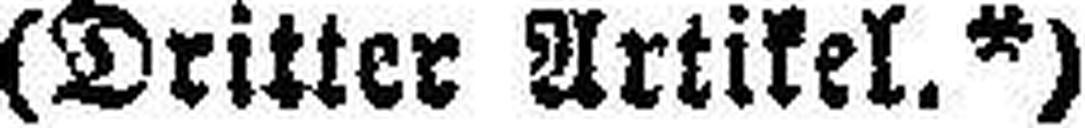
(Dritter Artikel.*)